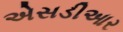
એસડીઆર